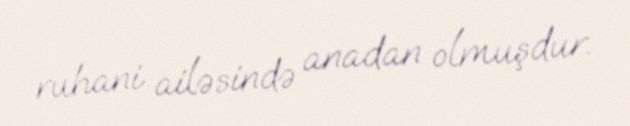
ruhani ailəsində anadan olmuşdur.